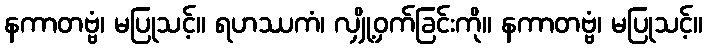
နကာတဗ္ဗံ၊ မပြုသင့်။ ရဟဿကံ၊ လျှို့ဝှက်ခြင်းကို။ နကာတဗ္ဗံ၊ မပြုသင့်။